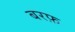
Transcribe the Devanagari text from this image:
बरफ़